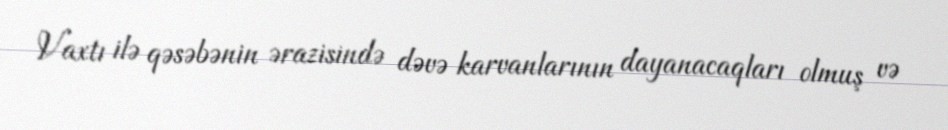
Vaxtı ilə qəsəbənin ərazisində dəvə karvanlarının dayanacaqları olmuş və